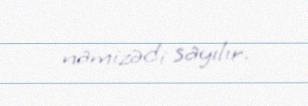
namizədi sayılır.